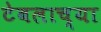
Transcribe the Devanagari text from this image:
टेबलाच्या